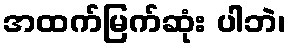
အထက်မြက်ဆုံး ပါဘဲ၊